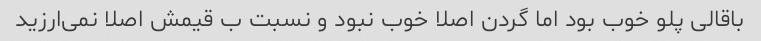
باقالی پلو خوب بود اما گردن اصلا خوب نبود و نسبت ب قیمش اصلا نمی‌ارزید